Report of the Hyderabad Chloroform Commission
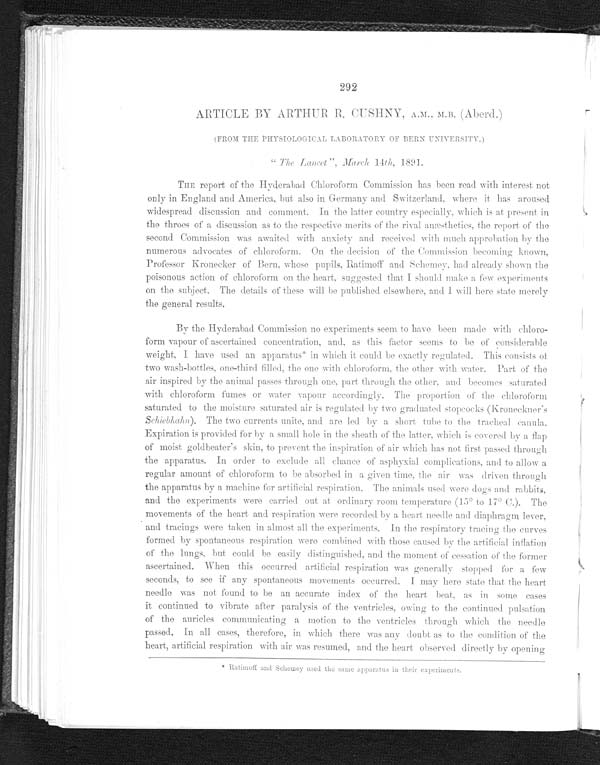
292
ARTICLE BY ARTHUR R. CUSHNY, A.M., M.B. (Aberd.)
(FROM THE PHYSIOLOGICAL LABORATORY OF BERN UNIVERSITY.)
"The Lancet", March 14th , 1891.
THE report of the Hyderabad Chloroform Commission has been read with interest not
only in England and America. but also in Germany and Switzerland, where it has aroused
widespread discussion and comment. In the latter country especially, which is at present in
the throes of a discussion as to the respective merits of the rival anæsthetics, the report of the
second Commission was awaited with anxiety and received with much approbation by the
numerous advocates of chloroform. On the decision of the Commission becoming known,
Professor Kronecker of Bern whose Ratimoff and Schemey, had already shown the
poisonous action of chloroform on the heart, suggested that I should make a few experiments
on the subject. The details of these will be published elsewhere, and I will here state merely
the general results.
By the Hyderabad Commission no experiments seem to have been made with chloro
- f o r m v a p o u r o f a s c e r t a i n e d c o n c e n t r a t i o n , a n d a s t h i s f a c t o r s e e m s t o b e o f c o n s i d e r a b l e
weight, I have used an apparatus* in which it could be exactly regulated. This consists of
two wash-bone-third the one with chloroform, the other with water. Part of the
air inspired by the animal passes through one, part through the other, and becomes saturated
with chloroform fumes or water vapour accordingly. The proportion of the chloroform
saturated to the moisture saturated air is regulated by two graduated stopcocks (Kroneckner's
Schiebhahn). The two currents unite, and are led by a short tube to the tracheal canula.
Expiration is provided for by a small hole in the sheath of the latter, which is covered by a flap
of moist goldbeater's skin, to prevent the inspiration of air which has not first passed through
the apparatus. In order to exclude all chance of asphyxial complications, and to allow a
regular amount of chloroform to be absorbed in a given time, the air was driven through
the apparatus by a machine for artificial respiration. The animals used were dogs and rabbits,
and the experiments were carried out it ordinary room temperature (15° to 17° G.). The
movements of the heart and respiration were recorded by a heart needle and diaphragm lever,
and tracings were taken in almost all the experiments. In the respiratory tracing the curves
formed by spontaneous respiration were combined with those caused by the artificial inflation
of the lungs, but could be easily distingnished, and the moment of cessation of the former
ascertained. When this Occurred artificial respiration was generally stopped for a few
seconds, to see if any spontaneous movements occurred. I may here state that the heart
needle was not found to be an accurate index of the heart beat, as in some cases
it continued to vibrate after paralysis of the ventricles, owing to the continued pulsation
of the auricles communicating a motion to the ventricles through which the needle
passed. In all cases, therefore, in winch there was any doubt as to the condition of the
heart, artificial respiration with air was resumed, and the heart observed directly by Opening
* Ratimoff and Schemey used the same apparatus in their experiments.